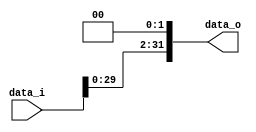
//Subject:      CO project 2 - Shift_Left_Two_32
//--------------------------------------------------------------------------------
//Version:     1
//--------------------------------------------------------------------------------
//Description: 
//--------------------------------------------------------------------------------

module Shift_Left_Two_2(
    data_i,
    data_o
    );

//I/O ports                    
input [32-1:0] data_i;
output reg [32-1:0] data_o;

//shift left 2
always@( * )begin
	data_o=data_i<<2;
end
     
endmodule